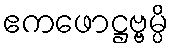
ဧကဖောဋ္ဌဗ္ဗမ္ပိ